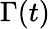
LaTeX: \Gamma(t)